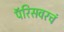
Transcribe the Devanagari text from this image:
पॅरिसवरचं